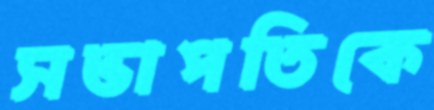
সভাপতিকে